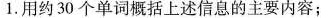
1.用约30个单词概括上述信息的主要内容;